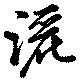
灑